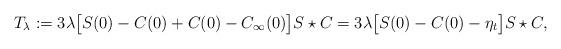
LaTeX: \begin{align*}T_{\lambda} :=3\lambda \big[S(0)-C(0) + C(0)-C_\infty(0)\big] S\star C= 3\lambda \big[S(0)-C(0) - \eta_t\big] S\star C,\end{align*}